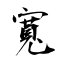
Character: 寬